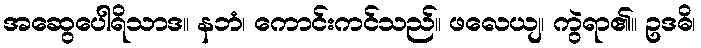
အဆွေပေါရိသာဒ။ နဘံ၊ ကောင်းကင်သည်။ ဖလေယျ၊ ကွဲရာ၏။ ဥဒဓိ၊